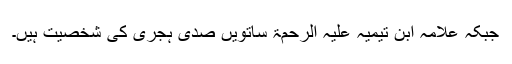
جبکہ علامہ ابن تیمیہ علیہ الرحمۃ ساتویں صدی ہجری کی شخصیت ہیں۔